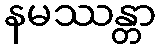
နမဿန္တာ